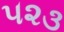
૫૨૩